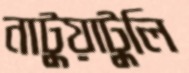
নাটুয়াটুলি